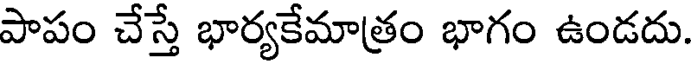
పాపం చేస్తే భార్యకేమాత్రం భాగం ఉండదు.